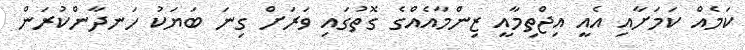
ކަމެއް ކަމަށާއި އެއީ އިޖްތިމާއީ ޒިންމާއެއްގެ ގޮތުގައި ވަރަށް ގިނަ ބަޔަކު ހަނދާންކުރަން